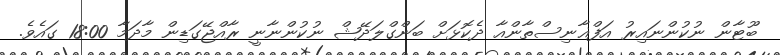
ބޫޓާން ނުކުންނައިރު އަފްޣާނިސްތާންއާ ދެކޮޅަށް ބަންގްލަދޭޝް ނުކުންނާނީ ރާއްޖޭގަޑިން މާދަމާ 18:00 ގައެވެ.